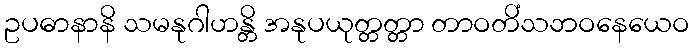
ဥပဓာနာနိ သမနုဂါဟန္တိ အနုပယုတ္တတ္တာ တာဝတိံသဘဝနေယေဝ